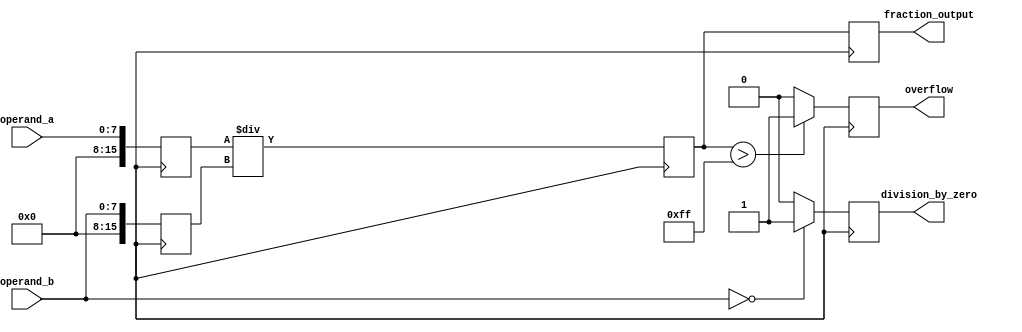
module Fractional_Divider (
    input wire [7:0] operand_a,
    input wire [7:0] operand_b,
    output reg [15:0] fraction_output,
    output reg overflow,
    output reg division_by_zero
);

reg [15:0] dividend;
reg [15:0] divisor;
reg [15:0] quotient;
reg [15:0] remainder;

always @ (posedge clk) begin
    if (operand_b == 0) begin
        division_by_zero <= 1;
    end else begin
        division_by_zero <= 0;
    end
    dividend <= operand_a;
    divisor <= operand_b;
    
    quotient <= dividend / divisor;
    remainder <= dividend % divisor;
    
    if (quotient > 255) begin
        overflow <= 1;
    end else begin
        overflow <= 0;
    end
    
    fraction_output <= quotient;
end

endmodule